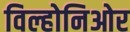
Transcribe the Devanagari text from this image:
विल्होनिओर